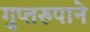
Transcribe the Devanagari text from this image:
गुप्तरुपाने